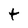
Character: t